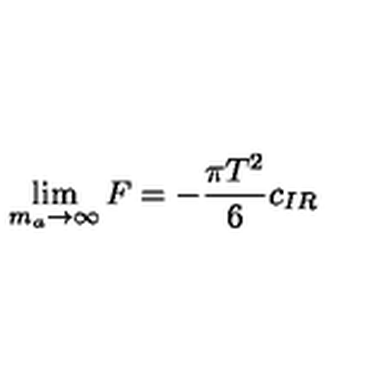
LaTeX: \lim _ { m _ { a } \to \infty } F = - \frac { \pi T ^ { 2 } } { 6 } c _ { I R }